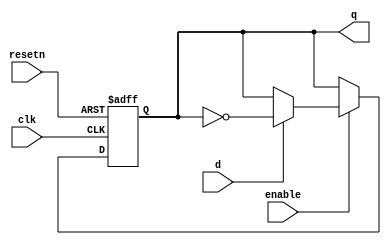
/*
Anthony De Caria - April 5, 2014

This is a T Flip Flop that has an enable and is asyncronous.
*/

module T_FF_with_Enable_Async(clk, resetn, enable, d, q);
	
	input clk;
	input resetn;
	input enable;
	input d;
	output reg q;
	
	always @(posedge clk or negedge resetn)
	begin
		if (!resetn)
		begin
			q <= 1'b0;
		end
		else
		begin
			if (enable)
			begin
				if (d)
				begin
				q <= !q;
				end
			end
		end
	end
	
endmodule